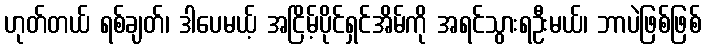
ဟုတ်တယ် ရစ်ချတ်၊ ဒါပေမယ့် အငြိမ့်ပိုင်ရှင်အိမ်ကို အရင်သွားရဦးမယ်၊ ဘာပဲဖြစ်ဖြစ်